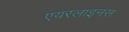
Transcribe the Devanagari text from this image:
एयरलाइनस